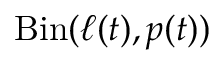
\mathrm { B i n } ( \ell ( t ) , p ( t ) )